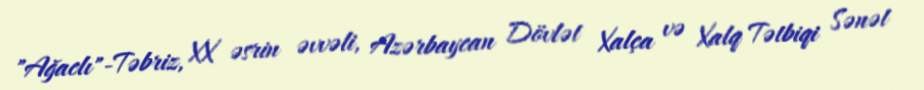
"Ağaclı"-Təbriz, XX əsrin əvvəli, Azərbaycan Dövlət Xalça və Xalq Tətbiqi Sənət